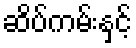
ဆိပ်ကမ်းနှင့်